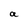
Character: a